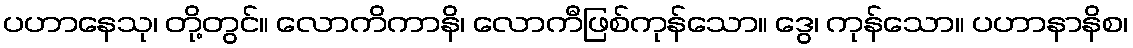
ပဟာနေသု၊ တို့တွင်။ လောကိကာနိ၊ လောကီဖြစ်ကုန်သော။ ဒွေ၊ ကုန်သော။ ပဟာနာနိစ၊